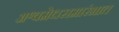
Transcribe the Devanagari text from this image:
अश्वमेधसमारंभात